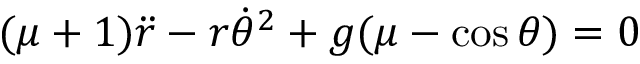
( \mu + 1 ) { \ddot { r } } - r { \dot { \theta } } ^ { 2 } + g ( \mu - \cos { \theta } ) = 0